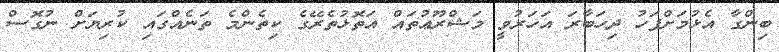
ބިންގާ އެޅުމަށްފަހު ދިހަބާރަ އަހަރުވީ މަޝްރޫޢުތައް އަތޮޅުތެރޭގެ ކިތެންމެ ތަނެއްގައި ކުރިޔަށް ނުގޮސް